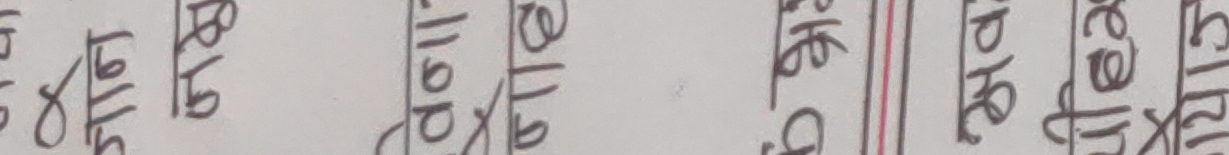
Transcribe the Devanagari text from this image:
१०/१५ ८/१५ ११/१९ ७/१६ ८/१६ ९/१६ ७/१७ ६/१७ ६/२५